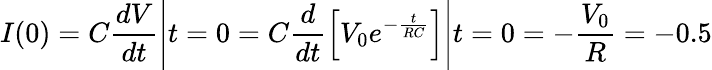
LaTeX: I(0)=C\frac{dV}{dt}\Bigg|{t=0}=C\frac{d}{dt}\Big[V_{0}e^{-\frac{t}{RC}}\Big]\Bigg|{t=0}=-\frac{V_{0}}{R}=-0.5